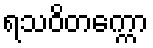
ရသဝိတက္ကော